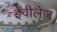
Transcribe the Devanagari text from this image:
इवीलेज